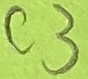
Text: C3